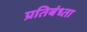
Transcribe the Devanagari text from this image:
प्रतिबंध्ता